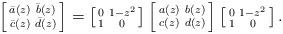
LaTeX: \begin{align*}\left[\begin{smallmatrix}\bar a(z) & \bar b(z)\\\bar c(z) & \bar d(z)\end{smallmatrix}\right]=\left[\begin{smallmatrix}0 & 1-z^2\\1 & 0\end{smallmatrix}\right]\left[\begin{smallmatrix}a(z) & b(z)\\c(z) & d(z)\end{smallmatrix}\right]\left[\begin{smallmatrix}0 & 1-z^2\\1 & 0\end{smallmatrix}\right].\end{align*}